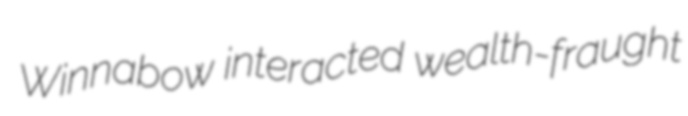
Winnabow interacted wealth-fraught